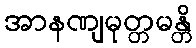
အာနဏျမုတ္တမန္တိ